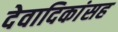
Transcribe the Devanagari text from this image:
देवादिकांसह